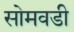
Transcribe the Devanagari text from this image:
सोमवडी